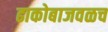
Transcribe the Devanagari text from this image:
ढाकोबाजवळच